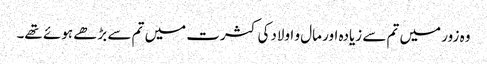
وہ زور میں تم سے زیادہ اور مال و اولادکی کثرت میں تم سے بڑھے ہوئے تھے۔